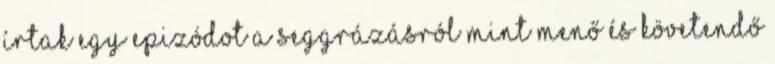
írtak egy epizódot a seggrázásról mint menő és követendő